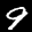
Label: 9